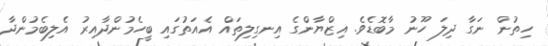
ހިތުން ނަގާ ދިލަ ހޫނު މާބޮޑެވެ. އިޒްޔާންގެ އިނގިލިތައް އެއަތުގައި ބީހެމުންދާއިރު އެލިބެމުންދާ